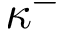
\kappa ^ { - }